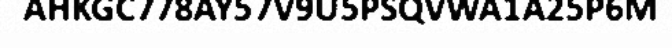
AHKGC778AY57V9U5PSQVWA1A25P6M